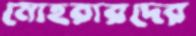
মোহরারদের